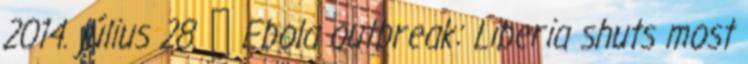
2014. július 28. ↑ Ebola outbreak: Liberia shuts most